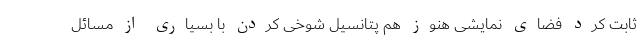
ثابت کرد فضای نمایشی هنوز هم پتانسیل شوخی کردن با بسیاری از مسائل